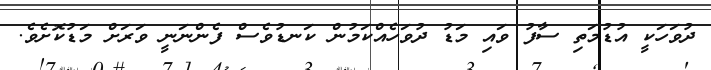
ދުވަހަކީ އުޑުމަތި ސާފު ވައި މަޑު ދުވަހެއްކަމުން ކަނޑުވެސް ފެންނަނީ ވަރަށް މަޑުކޮށެވެ.